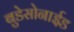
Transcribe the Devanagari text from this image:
बुडेसोनाईड